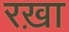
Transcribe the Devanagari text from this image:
रख़ा